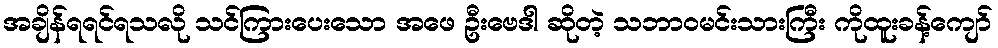
အချိန်ရရင်ရသလို သင်ကြားပေးသော အဖေ ဦးဗေဒါ ဆိုတဲ့ သဘာဝမင်းသားကြီး ကိုထူးခန့်ကျော်